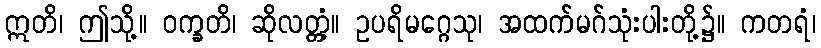
ဣတိ၊ ဤသို့။ ဝက္ခတိ၊ ဆိုလတ္တံ့။ ဥပရိမဂ္ဂေသု၊ အထက်မဂ်သုံးပါးတို့၌။ ကတရံ၊